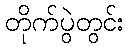
တိုက်ပွဲတွင်း